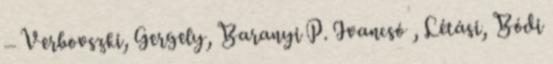
– Verbovszki, Gergely, Baranyi P. Ivancsó , Létási, Bódi